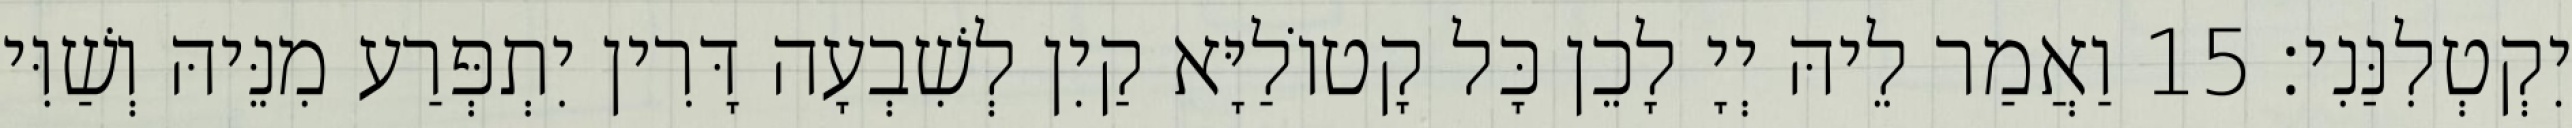
יִקְטְלִנַּנִי׃ 15 וַאֲמַר לֵיהּ יְיָ לָכֵן כָּל קָטוֹלַיָּא קַיִן לְשִׁבְעָה דָּרִין יִתְפְּרַע מִנֵּיהּ וְשַׁוִּי